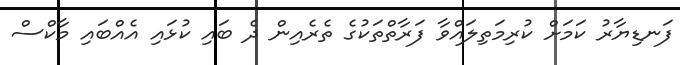
ފަނޑިޔާރު ކަމަށް ކުރިމަތިލައްވާ ފަރާތްތަކުގެ ތެރެއިން ދެ ބައި ކުޅައި އެއްބައި މާކްސް